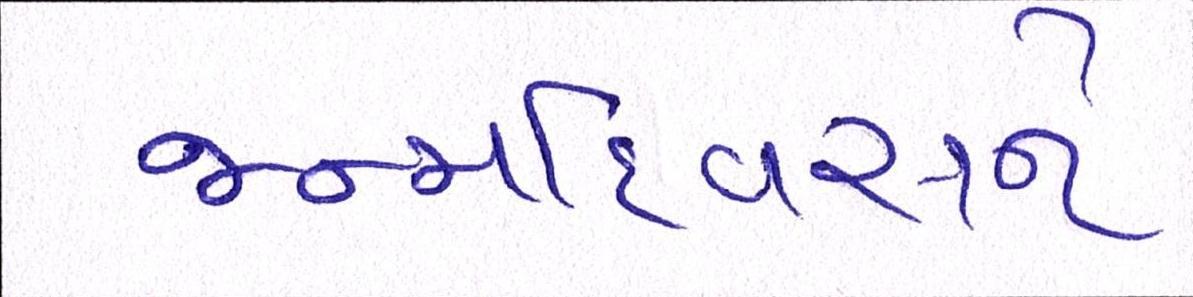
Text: જન્મદિવસને